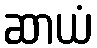
ဆာယံ